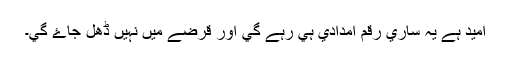
اميد ہے يہ ساري رقم امدادي ہي رہے گي اور قرضے ميں نہيں ڈھل جاۓ گي۔